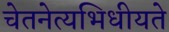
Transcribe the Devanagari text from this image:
चेतनेत्यभिधीयते